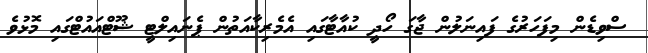
ސްވިޑެން މިފަހަރުގެ ފައިނަލުން ޖާގަ ހޯދީ ކުއާޓާގައި އެމެރިކާއަތުން ޕެނައިލްޓީ ޝޫޓްއައުޓްގައި މޮޅުވެ